Vaccination in Bombay 1902-1912 - 1902-1912
Year: 1902
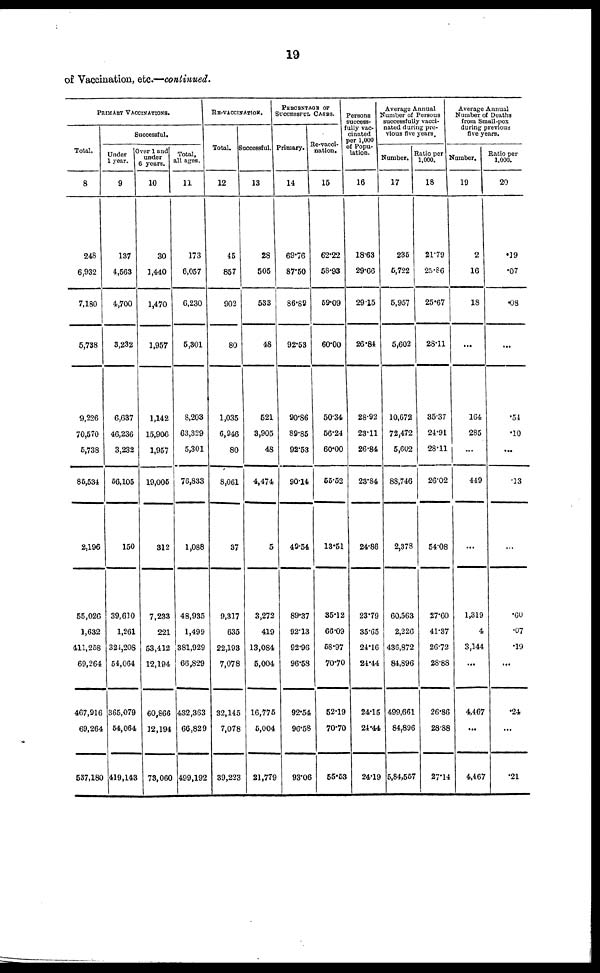
19
of Vaccination, etc.—continued.
PRIMARY VACCINATIONS.
Total.
8
248
6,932
7,180
5,738
9,226
70,570
6,738
86,534
2,196
55,026
1,632
411,258
69,264
467,916
69,264
537,180
Successful.
Under
1 year.
9
137
4,563
4,700
3,232
6,637
46,236
3,232
56,105
150
39,610
1,261
324,208
54,064
365,079
54,064
419,143
Over 1 and
under
6 years.
10
30
1,440
1,470
1,957
1,142
15,906
1,957
19,005
312
7,233
221
53,412
12,194
60,866
12,194
73,060
Total,
all ages.
11
173
6,057
6,230
5,301
8,203
63,329
5,301
76,833
1,088
48,935
1,499
381,929
66,829
432,363
66,829
499,192
RE-VACCINATION.
Total.
12
45
857
902
80
1,035
6,946
80
8,061
37
9,317
635
22,193
7,078
32,145
7,078
39,223
Successful.
13
28
505
533
48
521
3,905
48
4,474
5
3,272
419
13,084
5,004
16,775
5,004
21,779
PERCENTAGE OF
SUCCESSFUL CASES.
Primary.
14
69.76
87.50
86.62
92.53
90.86
89.85
92.53
90.14
49.54
89.37
92.13
92.96
96.58
92.54
96.58
93.06
Re-vacci-
nation.
15
62.22
58.93
59.09
60.00
5034
56.24
60.00
55.52
13.51
35.12
66.09
58.97
70.70
52.19
70.70
55.53
Persons
success¬
fully vac-
cinated
per 1,000
of Popu-
lation.
16
18.63
29.66
29.15
26.84
28.92
23.11
26.84
23.84
24.86
23.79
35.65
24.16
24.44
24.15
24.44
24.19
Average Annual
Number of Persons
successfully vacci-
nated during pre-
vious five years.
Number.
17
235
5,722
5,957
5,602
10,672
72,472
5,602
88,746
2,378
60,563
2,226
436,872
84,896
499,661
84,896
5,84,557
ratio per
1,000.
18
21.79
25.86
25.67
28.11
35.37
24.91
28.11
26.02
54.08
27.60
41.37
26.72
28.88
26.86
28.88
27.14
Average Annual
Number of Deaths
from Small-pox
during previous
five years.
Number.
19
2
16
18
...
164
285
...
449
...
1,319
4
3,144
...
4,467
...
4,467
Ratio per
1,000.
20
.19
.07
.08
...
.54
.10
...
.13
...
.60
.07
.19
...
.24
...
.21